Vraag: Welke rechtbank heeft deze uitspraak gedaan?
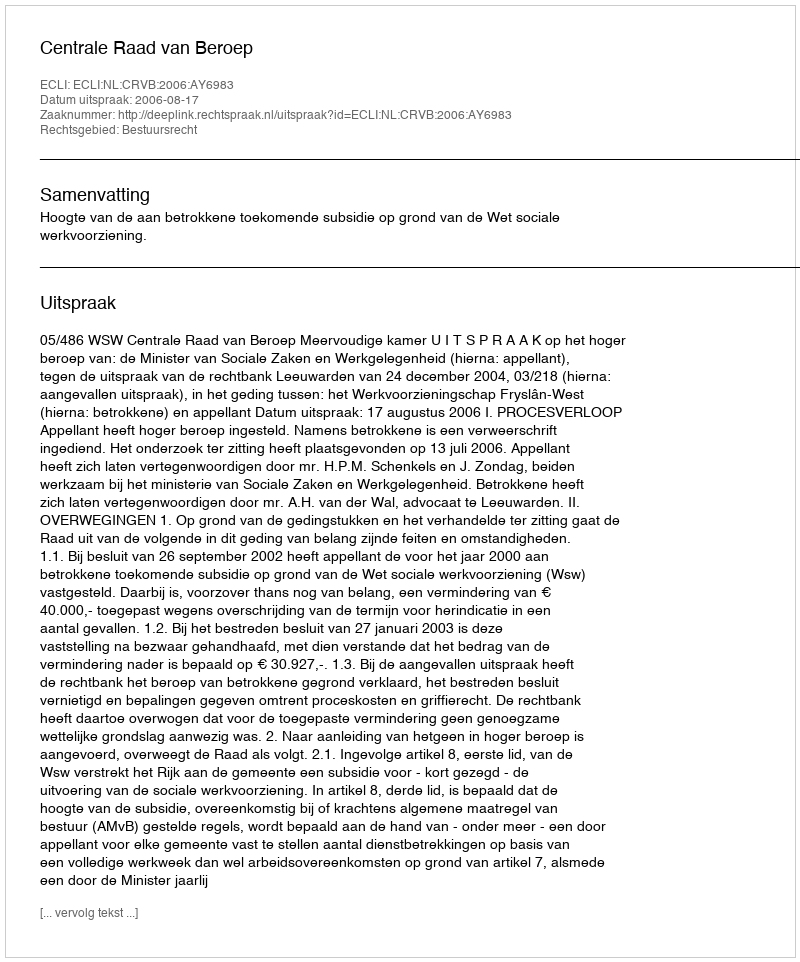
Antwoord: Centrale Raad van Beroep